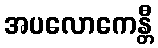
အပလောကေန္တီ